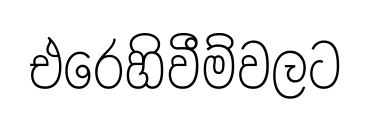
එරෙහිවීම්වලට